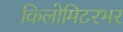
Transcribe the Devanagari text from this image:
किलोमिटरभर